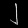
Digit: ၂